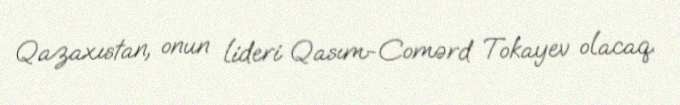
Qazaxıstan, onun lideri Qasım-Comərd Tokayev olacaq.